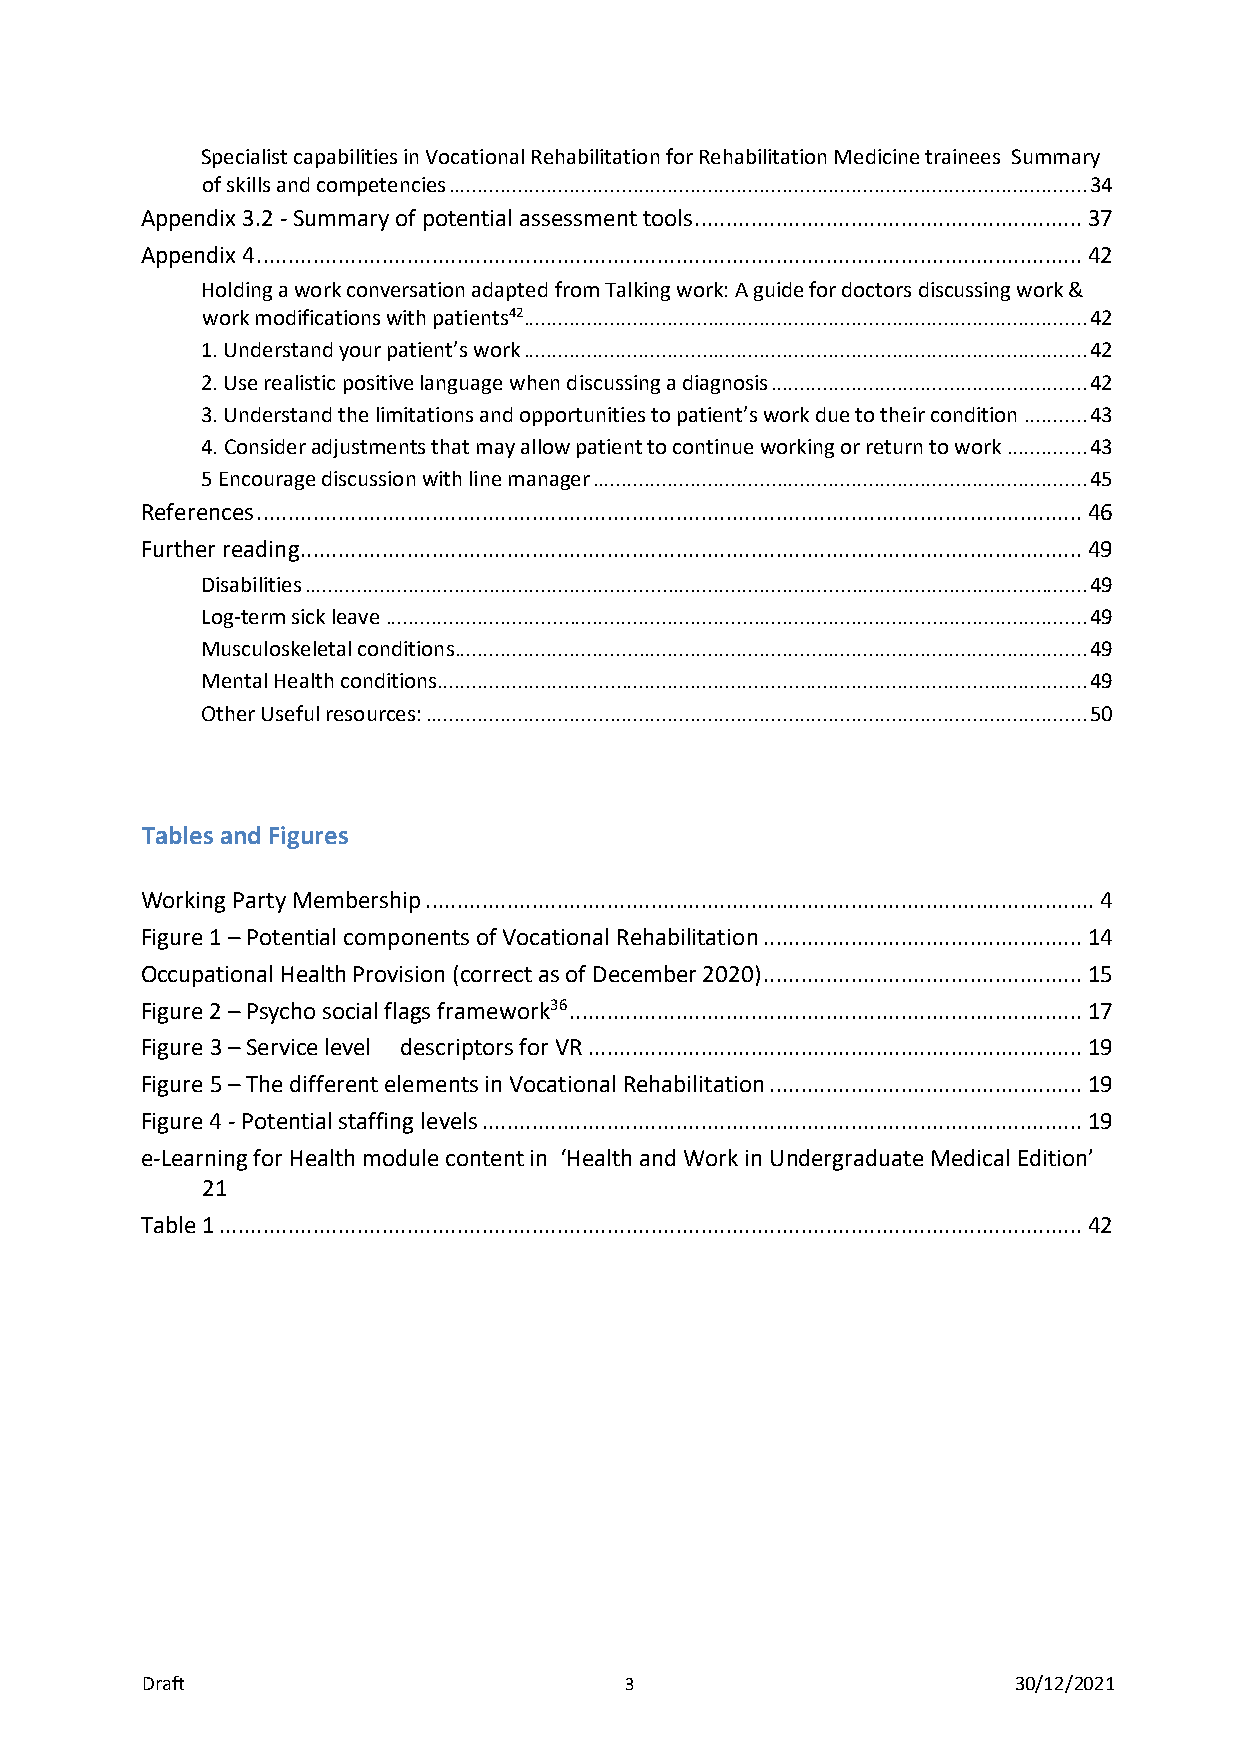
Specialist capabilities in Vocational Rehabilitation for Rehabilitation Medicine trainees Summary
 of skills and competencies ............................................................................................................... 34
 Appendix 3.2 - Summary of potential assessment tools .............................................................. 37
 Appendix 4 .................................................................................................................................... 42
 Holding a work conversation adapted from Talking work: A guide for doctors discussing work &
 work modifications with patients42.................................................................................................. 42
 1. Understand your patient’s work .................................................................................................. 42
 2. Use realistic positive language when discussing a diagnosis ....................................................... 42
 3. Understand the limitations and opportunities to patient’s work due to their condition ........... 43
 4. Consider adjustments that may allow patient to continue working or return to work .............. 43
 5 Encourage discussion with line manager ...................................................................................... 45
 References .................................................................................................................................... 46
 Further reading ............................................................................................................................. 49
 Disabilities ........................................................................................................................................ 49
 Log-term sick leave .......................................................................................................................... 49
 Musculoskeletal conditions .............................................................................................................. 49
 Mental Health conditions ................................................................................................................. 49
 Other Useful resources: ................................................................................................................... 50
 Tables and Figures
 Working Party Membership ........................................................................................................... 4
 Figure 1 – Potential components of Vocational Rehabilitation ................................................... 14
 Occupational Health Provision (correct as of December 2020) ................................................... 15
 Figure 2 – Psycho social flags framework36 .................................................................................. 17
 Figure 3 – Service level descriptors for VR ............................................................................... 19
 Figure 5 – The different elements in Vocational Rehabilitation .................................................. 19
 Figure 4 - Potential staffing levels ................................................................................................ 19
 e-Learning for Health module content in ‘Health and Work in Undergraduate Medical Edition’
 21
 Table 1 .......................................................................................................................................... 42
 Draft                           3                         30/12/2021